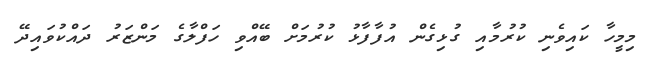
މިމީހާ ކައިވެނި ކުރުމާއި ގުޅިގެން އުފާފާޅު ކުރުމަށް ބޭއްވި ހަފްލާގެ މަންޒަރު ދައްކުވައިދޭ